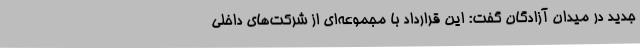
جدید در میدان آزادگان گفت: این قرارداد با مجموعه‌ای از شرکت‌های داخلی